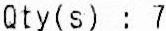
QTY(S) : 7